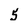
Character: 5